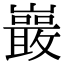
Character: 𭗭